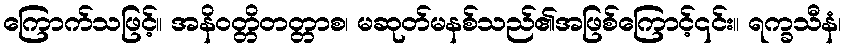
ကြောက်သဖြင့်။ အနိဝတ္တိတတ္တာစ၊ မဆုတ်မနစ်သည်၏အဖြစ်ကြောင့်၎င်း။ ရက္ခသီနံ၊